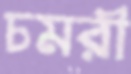
চমরী